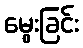
မွေးခြင်း